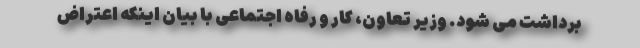
برداشت می شود. وزیر تعاون، کار و رفاه اجتماعی با بیان اینکه اعتراض